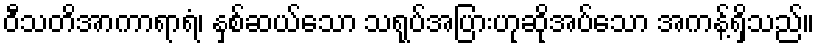
ဝီသတိအာကာရာရံ၊ နှစ်ဆယ်သော သရုပ်အပြားဟုဆိုအပ်သော အကန့်ရှိသည်။